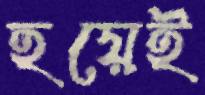
হয়েই